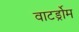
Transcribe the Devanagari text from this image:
वाटर्ड्रोम